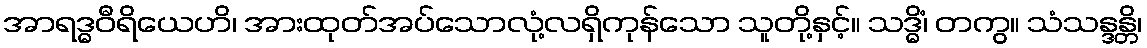
အာရဒ္ဓဝီရိယေဟိ၊ အားထုတ်အပ်သောလုံ့လရှိကုန်သော သူတို့နှင့်။ သဒ္ဓိံ၊ တကွ။ သံသန္ဒန္တိ၊